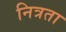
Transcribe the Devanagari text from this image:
नित्रता